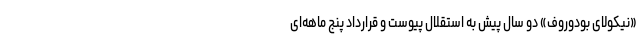
«نیکولای بودوروف» دو سال پیش به استقلال پیوست و قرارداد پنج ماهه‌ای